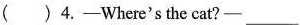
()4.-Where's the cat?- ___